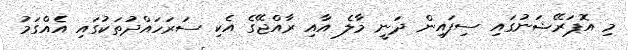
މި އޮޕަރޭޝަނުގައި ސިފައިން ދަނީ މާލެ އާއި ރާއްޖޭގެ އެކި ސަރަހައްދުތަކުގައި އެއްގަމު